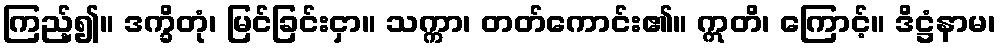
ကြည့်၍။ ဒက္ခိတုံ၊ မြင်ခြင်းငှာ။ သက္ကာ၊ တတ်ကောင်း၏။ ဣတိ၊ ကြောင့်။ ဒိဋ္ဌံနာမ၊